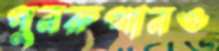
পুনরুত্থানও